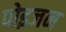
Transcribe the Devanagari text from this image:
पोइजन